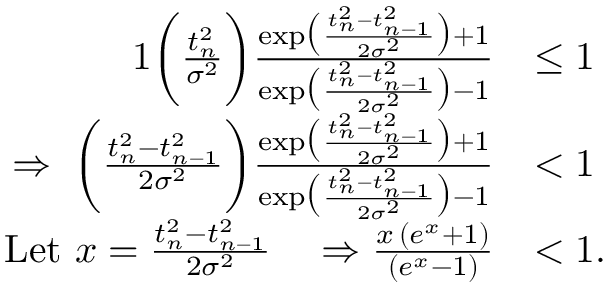
\begin{array} { r l } { { 1 } \bigg ( \frac { t _ { n } ^ { 2 } } { \sigma ^ { 2 } } \bigg ) \frac { \mathrm { e x p } \big ( { \frac { t _ { n } ^ { 2 } - t _ { n - 1 } ^ { 2 } } { 2 \sigma ^ { 2 } } } \big ) + 1 } { \mathrm { e x p } \big ( { \frac { t _ { n } ^ { 2 } - t _ { n - 1 } ^ { 2 } } { 2 \sigma ^ { 2 } } } \big ) - 1 } } & { \leq 1 } \\ { \Rightarrow \; \bigg ( \frac { t _ { n } ^ { 2 } - t _ { n - 1 } ^ { 2 } } { 2 \sigma ^ { 2 } } \bigg ) \frac { \mathrm { e x p } \big ( { \frac { t _ { n } ^ { 2 } - t _ { n - 1 } ^ { 2 } } { 2 \sigma ^ { 2 } } } \big ) + 1 } { \mathrm { e x p } \big ( { \frac { t _ { n } ^ { 2 } - t _ { n - 1 } ^ { 2 } } { 2 \sigma ^ { 2 } } } \big ) - 1 } } & { < 1 } \\ { \mathrm { L e t ~ } x = \frac { t _ { n } ^ { 2 } - t _ { n - 1 } ^ { 2 } } { 2 \sigma ^ { 2 } } \quad \Rightarrow \frac { x \, ( e ^ { x } + 1 ) } { ( e ^ { x } - 1 ) } } & { < 1 . } \end{array}